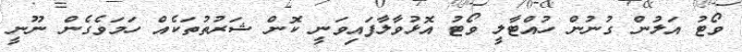
ވޯޓު އަލުން ގުނުން ހުއްޓާލީ ވޯޓު އޮޅުވާލާފައިވަނީ ކޮން ޝަރުތުތަކެެއް ހަމަވެގެން ނޫނީ